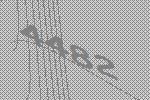
4482